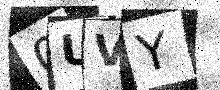
Text: 0UVY